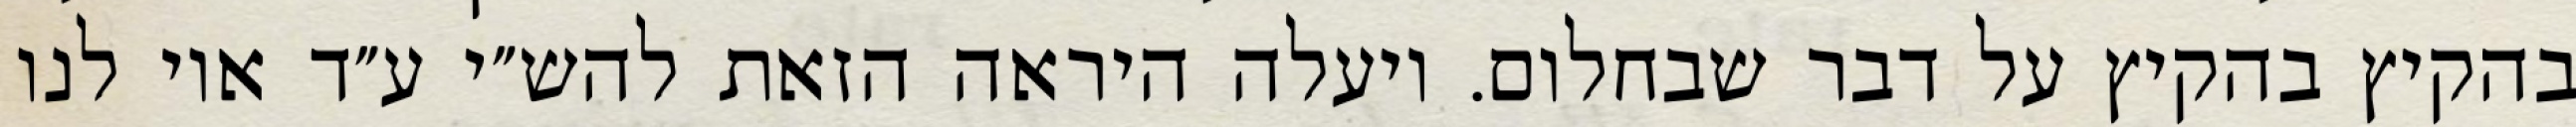
בהקיץ בהקיץ על דבר שבחלום. ויעלה היראה הזאת להש״י ע״ד אוי לנו